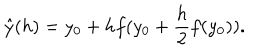
\hat { y } ( h ) = y _ { 0 } + h f ( y _ { 0 } + \frac { h } { 2 } f ( y _ { 0 } ) ) .